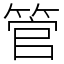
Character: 管